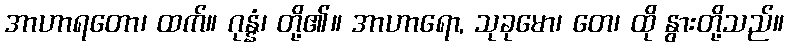
အာဟာရတော၊ ထက်။ ဂုန္နံ၊ တို့၏။ အာဟာရော, သုခုမော၊ တေ၊ ထို နွားတို့သည်။